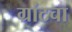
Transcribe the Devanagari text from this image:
ग्रांटचा